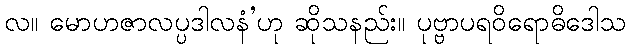
လ။ မောဟဇာလပ္ပဒါလနံ’ဟု ဆိုသနည်း။ ပုဗ္ဗာပရဝိရောဓိဒေါသ